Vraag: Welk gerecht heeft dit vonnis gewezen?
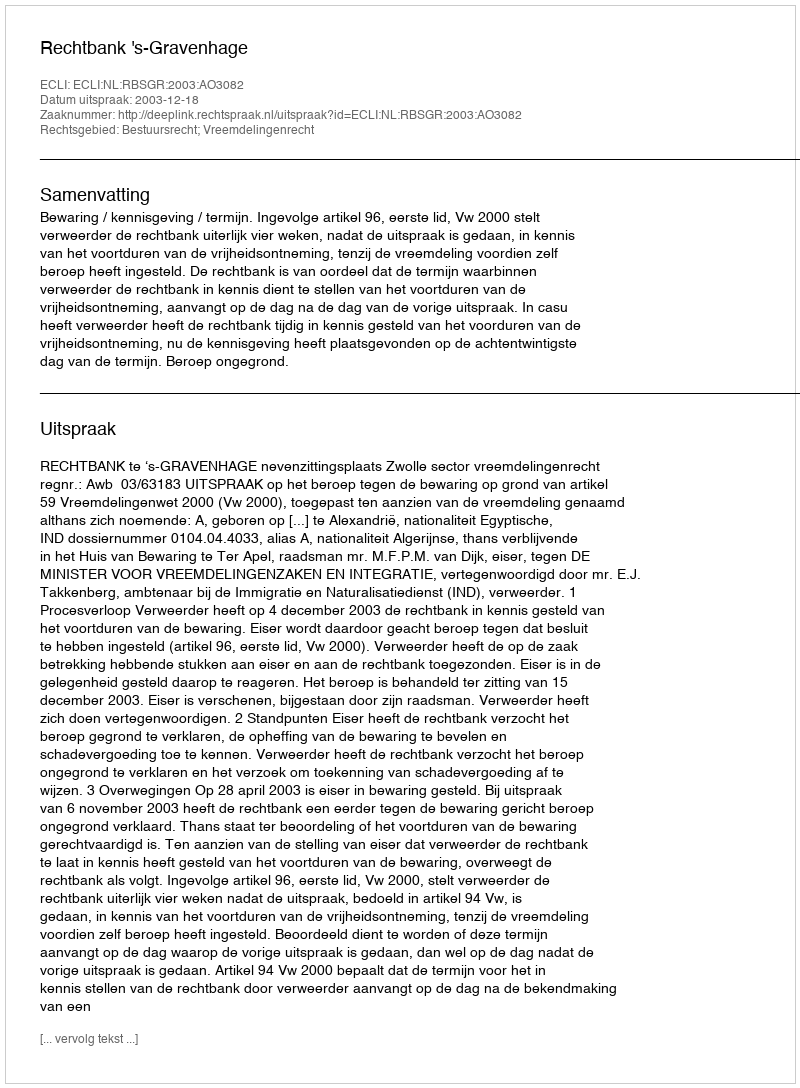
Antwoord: Rechtbank 's-Gravenhage